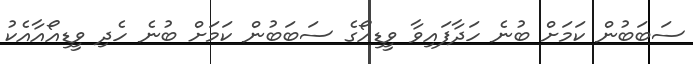
ސަބަބުން ކަމަށް ބުނެ ހަދާފައިވާ ވީޑިއޯގެ ސަބަބުން ކަމަށް ބުނެ ހެދި ވީޑިއޯއާއެކު